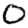
Digit: 0